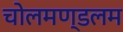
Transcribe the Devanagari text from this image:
चोलमण्डलम